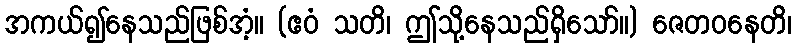
အကယ်၍နေသည်ဖြစ်အံ့။ (ဧဝံ သတိ၊ ဤသို့နေသည်ရှိသော်။) ဇေတဝနေတိ၊